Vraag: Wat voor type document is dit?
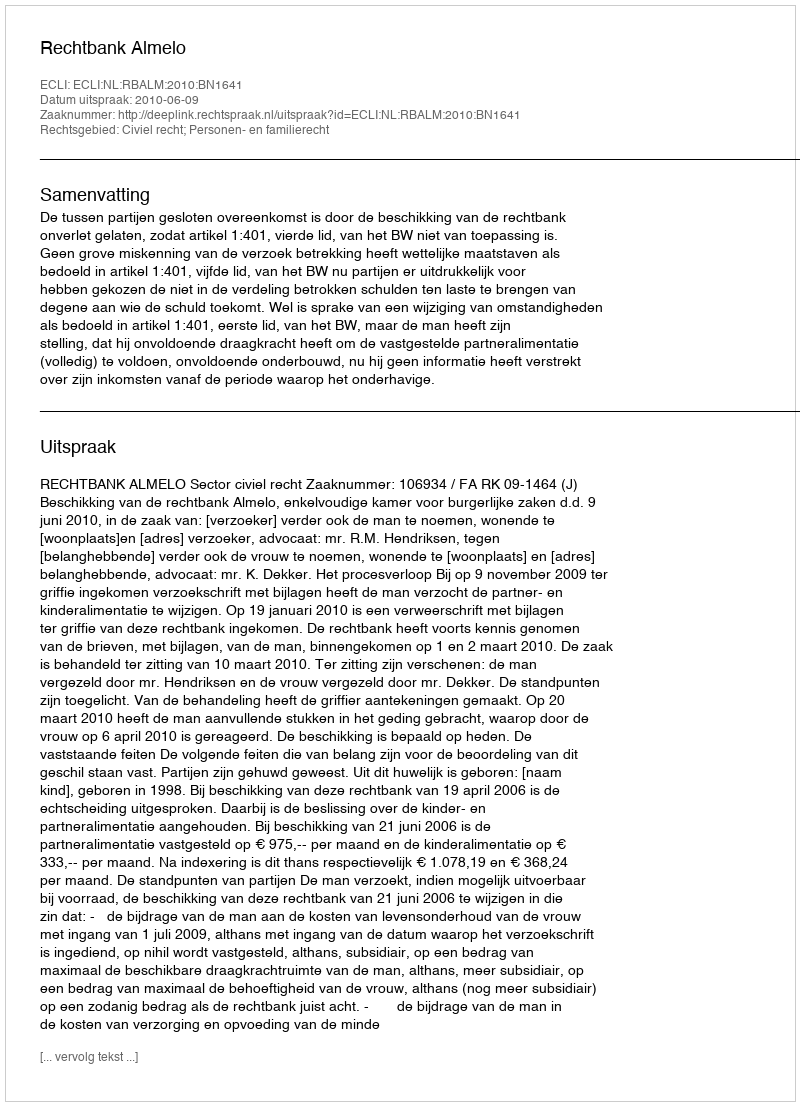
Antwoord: Uitspraak